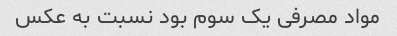
مواد مصرفی یک سوم بود نسبت به عکس